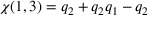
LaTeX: \chi ( 1 , 3 ) = q _ { 2 } + q _ { 2 } q _ { 1 } - q _ { 2 }